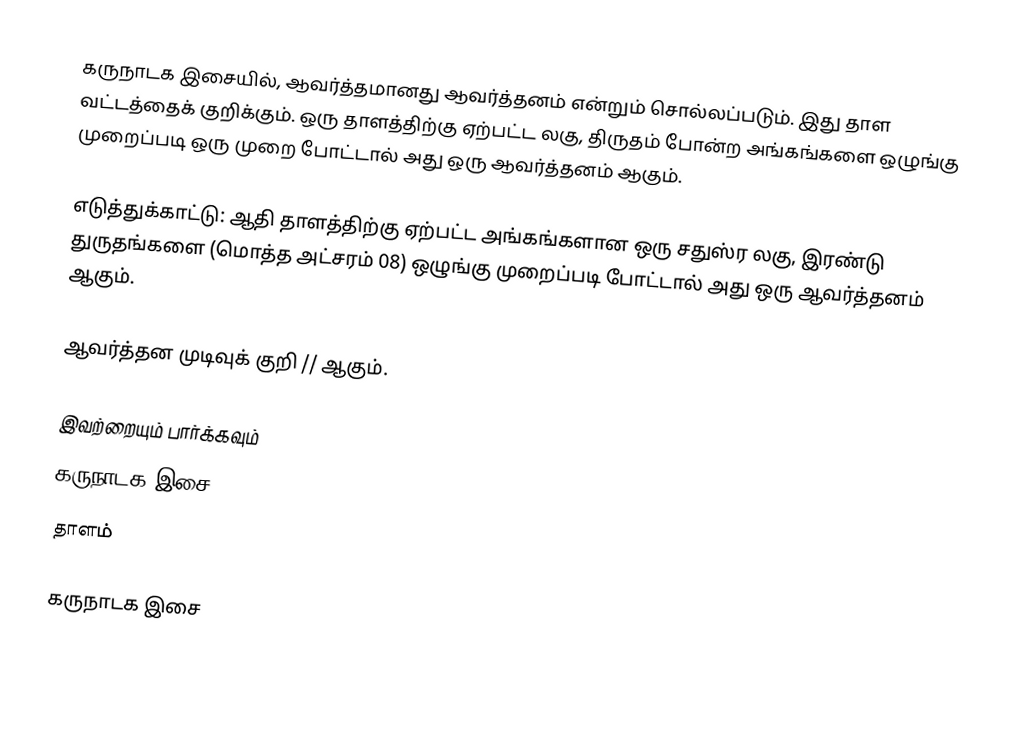
கருநாடக இசையில், ஆவர்த்தமானது ஆவர்த்தனம் என்றும் சொல்லப்படும். இது தாள வட்டத்தைக் குறிக்கும். ஒரு தாளத்திற்கு ஏற்பட்ட லகு, திருதம் போன்ற அங்கங்களை ஒழுங்கு முறைப்படி ஒரு முறை போட்டால் அது ஒரு ஆவர்த்தனம் ஆகும்.

எடுத்துக்காட்டு: ஆதி தாளத்திற்கு ஏற்பட்ட அங்கங்களான ஒரு சதுஸ்ர லகு, இரண்டு துருதங்களை (மொத்த அட்சரம் 08) ஒழுங்கு முறைப்படி போட்டால் அது ஒரு ஆவர்த்தனம் ஆகும்.

ஆவர்த்தன முடிவுக் குறி // ஆகும்.

இவற்றையும் பார்க்கவும்
 கருநாடக இசை
 தாளம்

கருநாடக இசை